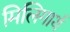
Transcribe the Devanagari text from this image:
मिलिगार्थ